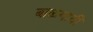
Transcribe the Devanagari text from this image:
बाळगावी